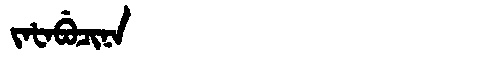
Manchu: ᠵᠠᡶᠠᠪᡠᠴᡳᠨᠠ
Romanization: JAFABUCINA